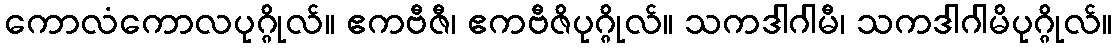
ကောလံကောလပုဂ္ဂိုလ်။ ဧကဗီဇီ၊ ဧကဗီဇိပုဂ္ဂိုလ်။ သကဒါဂါမီ၊ သကဒါဂါမိပုဂ္ဂိုလ်။